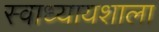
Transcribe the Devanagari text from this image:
स्वाध्यायशाला